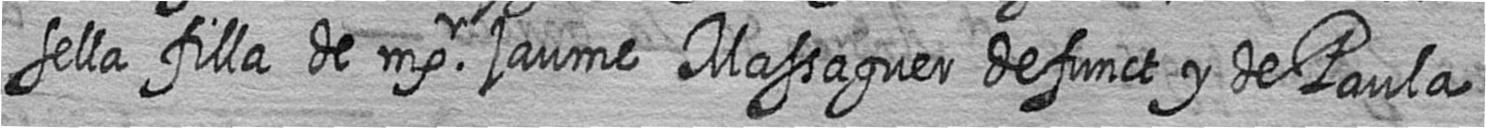
sella filla de msr jaume Massaguer defunct y de Paula